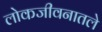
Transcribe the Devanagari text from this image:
लोकजीवनातले